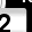
Digit: 2